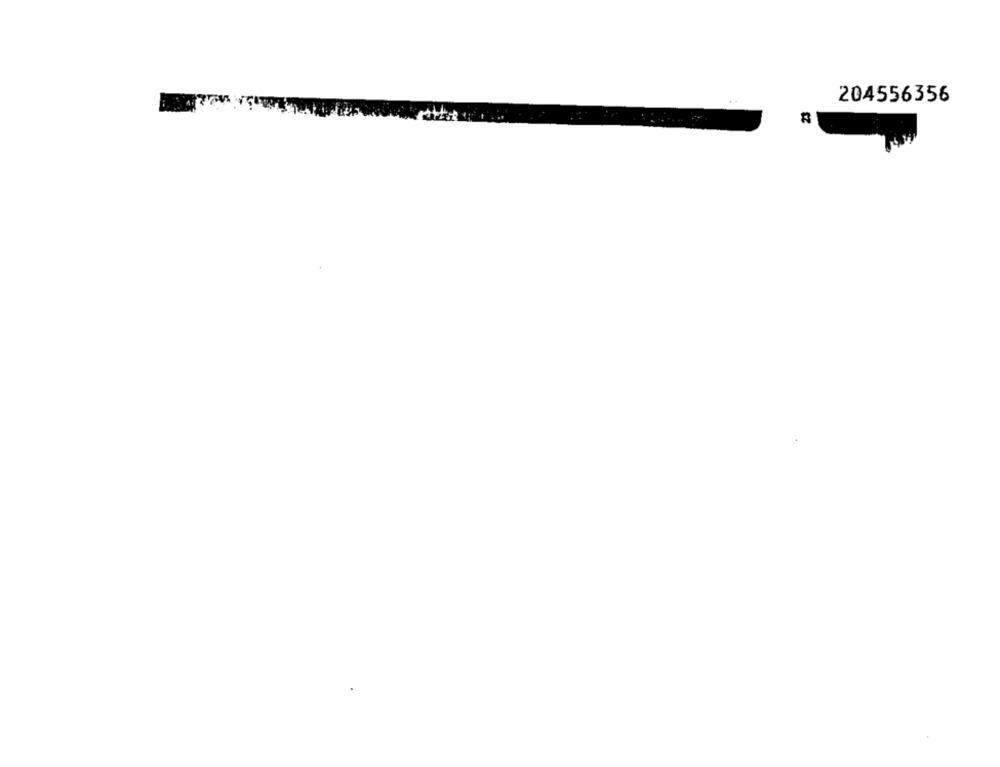
204556356